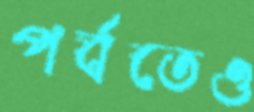
পর্বতেও